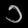
Digit: ၁